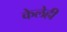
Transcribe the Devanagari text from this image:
केलेही